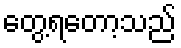
တွေ့ရတော့သည်